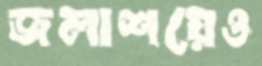
জলাশয়েও